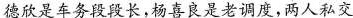
德欣是车务段段长，杨喜良是老调度，两人私交